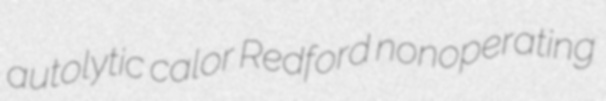
autolytic calor Redford nonoperating